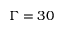
\Gamma = 3 0